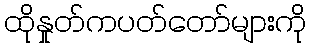
ထိုနှုတ်ကပတ်တော်များကို